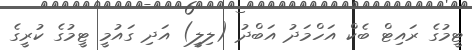
ޓީމުގެ ރައިޓް ބެކް އަހްމަދު އަބްދު (ލިލީ) އަދި ގައުމީ ޓީމުގެ ކުރީގެ